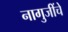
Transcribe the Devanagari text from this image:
नागुजींचे